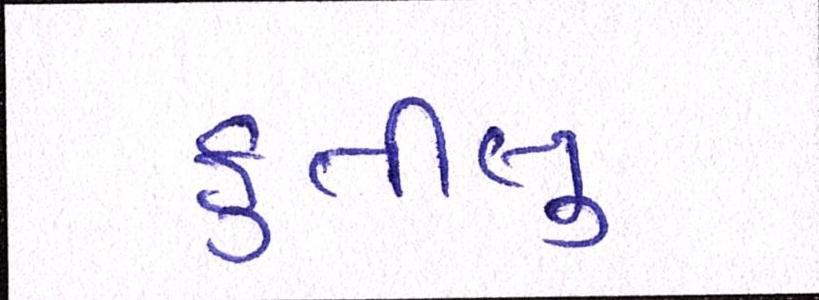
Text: ફુર્તીલુ